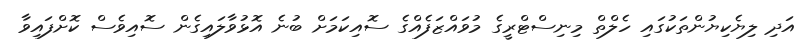
އަދި ލިޔެކިޔުންތަކުގައި ހެލްތް މިނިސްޓްރީގެ މުވައްޒަފެއްގެ ސޮއިކަމަށް ބުނެ އޮޅުވާލައިގެން ސޮއިވެސް ކޮށްފައިވާ